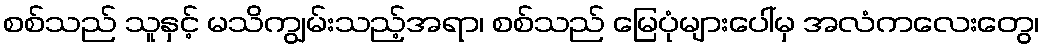
စစ်သည် သူနှင့် မသိကျွမ်းသည့်အရာ၊ စစ်သည် မြေပုံများပေါ်မှ အလံကလေးတွေ၊